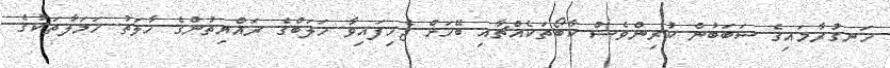
ހަނގުރާމައިގެ ސަބަބުން ކުރިންވެސް ކާބޯތަކެއްޗާއި ބޭހަށް ޖެހިފައިވާ ހަލަބްގެ ރައްޔިތުންގެ ހާލަތު ހަމަލާތަކުގެ